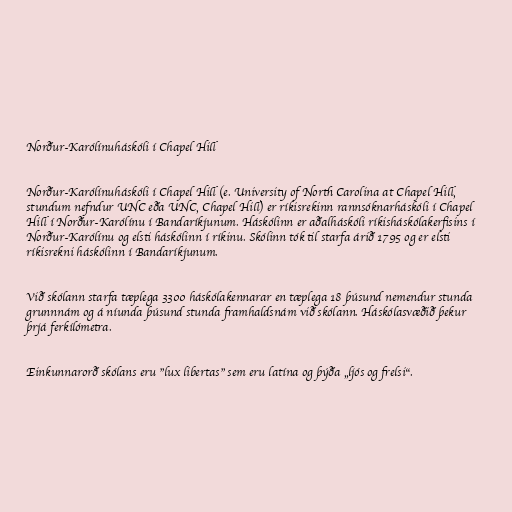
Norður-Karólínuháskóli í Chapel Hill

Norður-Karólínuháskóli í Chapel Hill (e. University of North Carolina at Chapel Hill,
stundum nefndur UNC eða UNC, Chapel Hill) er ríkisrekinn rannsóknarháskóli í Chapel
Hill í Norður-Karólínu í Bandaríkjunum. Háskólinn er aðalháskóli ríkisháskólakerfisins í
Norður-Karólínu og elsti háskólinn í ríkinu. Skólinn tók til starfa árið 1795 og er elsti
ríkisrekni háskólinn í Bandaríkjunum.

Við skólann starfa tæplega 3300 háskólakennarar en tæplega 18 þúsund nemendur stunda
grunnnám og á níunda þúsund stunda framhaldsnám við skólann. Háskólasvæðið þekur
þrjá ferkílómetra.

Einkunnarorð skólans eru "lux libertas" sem eru latína og þýða „ljós og frelsi“.